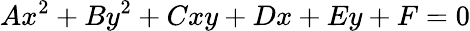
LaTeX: Ax^{2}+By^{2}+Cxy+Dx+Ey+F=0